Newspaper: Evening journal. [volume]
Place of publication: Wilmington, Del.
Publisher: J. Milton Davidson
Date: 1895-02-25 00:00:00
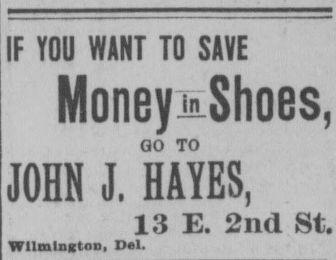
Advertisement text (OCR):
IF YOU WANT TO SAVE MoneyjiShoes, GO TO JOHN J. HAYES, 13 E. 2nd St. Wilmington, Del.
Label: text-only